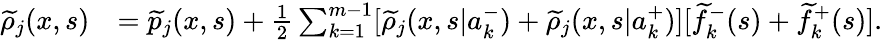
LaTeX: \begin{array}{rl}{\widetilde{\rho}_{j}(x,s)}&{=\widetilde{p}_{j}(x,s)+\frac{1}{2}\sum_{k=1}^{m-1}[\widetilde{\rho}_{j}(x,s|a_{k}^{-})+\widetilde{\rho}_{j}(x,s|a_{k}^{+})][\widetilde{f}_{k}^{-}(s)+\widetilde{f}_{k}^{+}(s)].}\end{array}